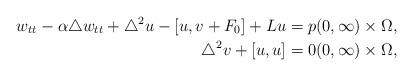
LaTeX: \begin{align*}w_{tt} - \alpha \triangle w_{tt} + \triangle^{2} u - [u, v + F_{0}] + Lu &= p (0, \infty) \times \Omega, \\\triangle^{2} v + [u, u] &= 0 (0, \infty) \times \Omega, \end{align*}